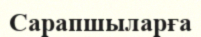
Сарапшыларға